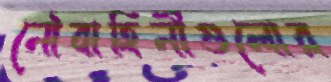
নৌবাহিনীগুলোর